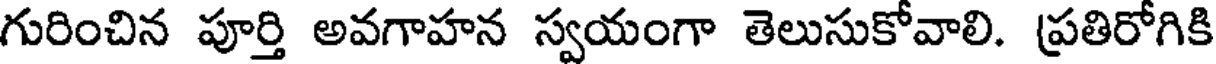
గురించిన పూర్తి అవగాహన స్వయంగా తెలుసుకోవాలి. ప్రతిరోగికి